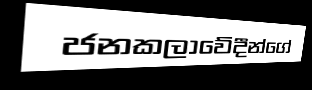
ජනකලාවේදීන්ගේ